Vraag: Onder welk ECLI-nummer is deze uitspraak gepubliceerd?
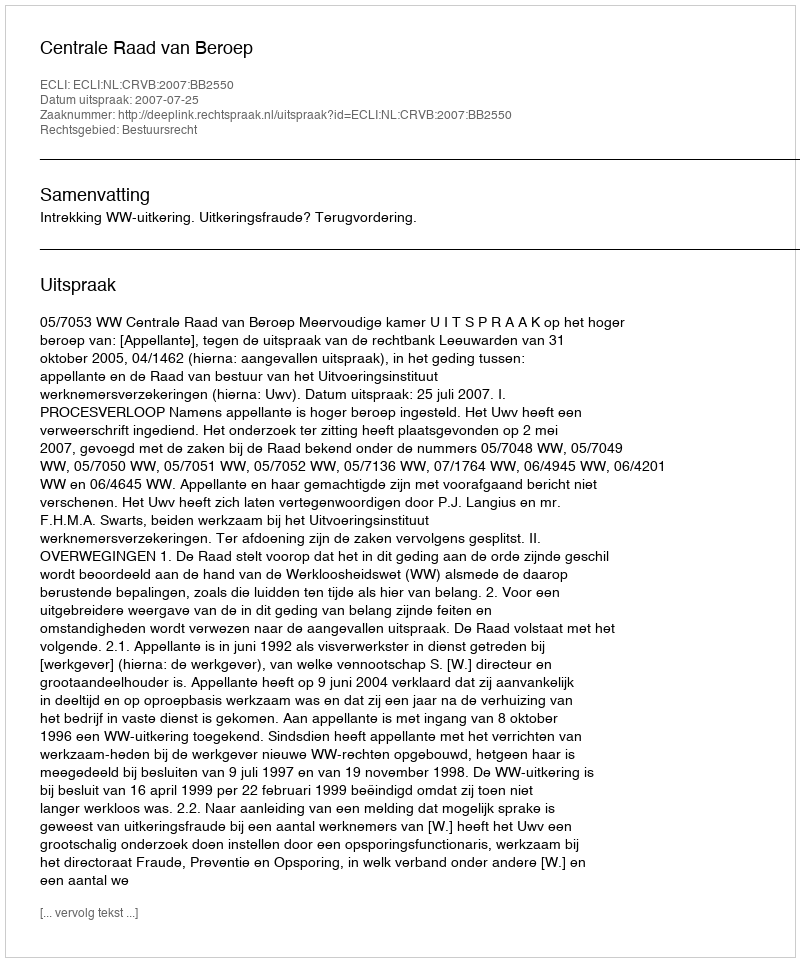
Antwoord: ECLI:NL:CRVB:2007:BB2550